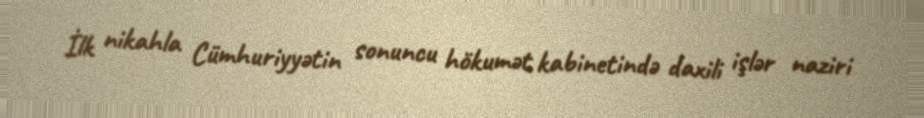
İlk nikahla Cümhuriyyətin sonuncu hökumət kabinetində daxili işlər naziri